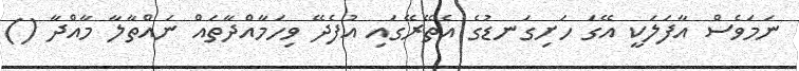
ނަމަވެސް އާފަލަކީ އޭގަ ހަށިގަނޑުގެ އެތޭރޭގައި އުފެދޭ ވިހަމާއްދާތައް ނައްތާލާ މާއްދާ ()